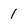
Character: 1